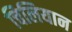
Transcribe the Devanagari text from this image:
चिलियान